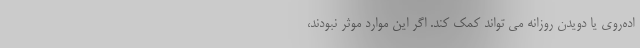
اده‌روی یا دویدن روزانه می تواند کمک کند. اگر این موارد موثر نبودند،